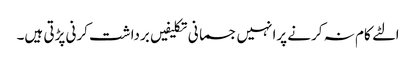
الٹے کام نہ کرنے پرانہیں جسمانی تکلیفیں برداشت کرنی پڑتی ہیں۔